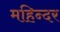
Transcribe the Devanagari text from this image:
महिन्दर